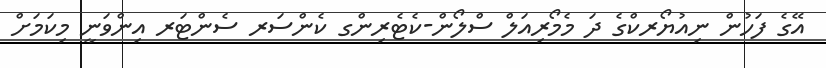
އޭގެ ފަހުން ނިއުޔޯރކްގެ ދަ މެމޯރިއަލް ސްލޯން-ކެޓެރިންގ ކެންސަރ ސެންޓަރ އިންވަނީ މިކަމަށް